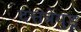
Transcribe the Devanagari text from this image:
दत्तत्रेयुडू